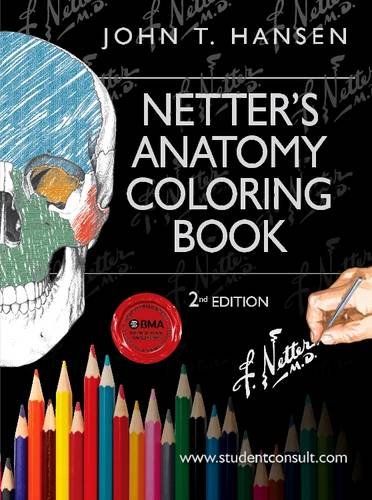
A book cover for Netter's Anatomy Coloring Book: with Student Consult Access, 2e (Netter Basic Science); John T. Hansen PhD; Medical Books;